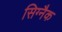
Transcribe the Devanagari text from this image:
सिग्‍नैक